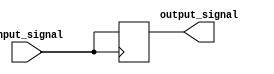
module ECL_buffer (
    input input_signal,
    output output_signal
);

reg buffer;

assign output_signal = buffer;

always @ (posedge input_signal) begin
    buffer <= input_signal;
end

endmodule